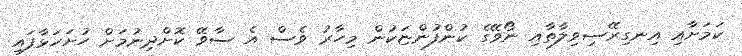
ކަމަށާއި އިނގިރޭސިވިލާތާއި ނޯވޭގެ ކުންފުންޏަކުން މިހާރު ވެސް އެ ސާވޭ ކޮށްދިނުމަށް ހުށަހަޅާފައި